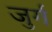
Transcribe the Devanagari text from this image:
जुर्ग